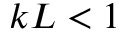
k L < 1